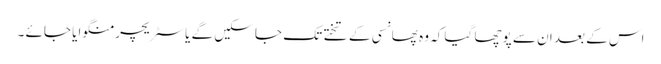
اس کے بعد ان سے پوچھا گیا کہ وہ پھانسی کے تختے تک جا سکیں گے یا سٹریچر منگوایا جائے ۔